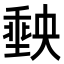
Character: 𭏮